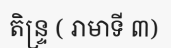
តិន្ទ្រ ( រាមាទី ៣)